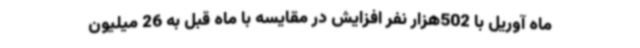
ماه آوریل با 502هزار نفر افزایش در مقایسه با ماه قبل به 26 میلیون